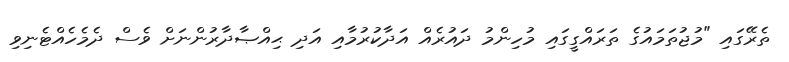
ތެރޭގައި "މުޖުތަމައުގެ ތަރައްގީގައި މުހިންމު ދައުރެއް އަދާކުރުމާއި އަދި ޙިއްޞާދާރުންނަށް ވެސް ދެމެހެއްޓެނިވި